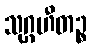
သုဂ္ဂဟီတဉ္စ